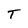
Character: T